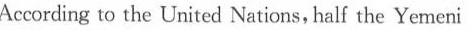
According to the United Nations, half the Yemeni